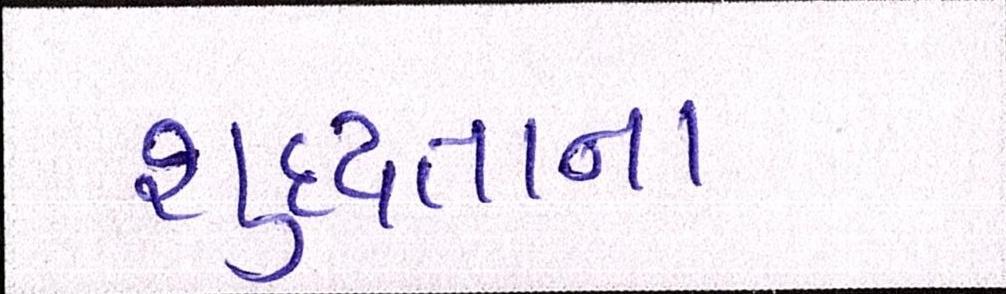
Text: શુદ્ધતાના